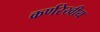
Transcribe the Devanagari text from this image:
कर्णरेखीय